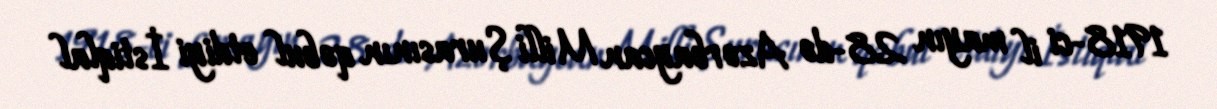
1918-ci il mayın 28-də Azərbaycan Milli Şurasının qəbul etdiyi İstiqlal